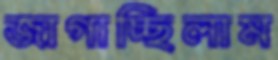
জাগাচ্ছিলাম